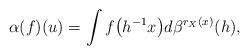
LaTeX: \begin{gather*}\alpha(f)(u)=\int f\big(h^{-1}x\big)d\beta^{r_X(x)}(h),\end{gather*}